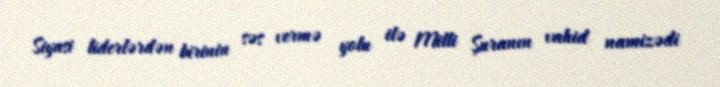
Siyasi liderlərdən birinin səs vermə yolu ilə Milli Şuranın vahid namizədi